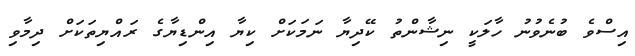
އިސްވެ ބުނެވުނު ހާލަކީ ނިޝާންތު ކޭދިޔާ ނަމަކަށް ކިޔާ އިންޑިޔާގެ ރައްޔިތަކަށް ދިމާވި